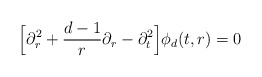
\begin{align*}\Big[ \partial_{r}^{2} + \frac{d-1}{r} \partial_{r} - \partial_{t}^{2} \Big]\phi_{d}(t,r) = 0\end{align*}